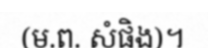
(ម.ព. សំផិង)។